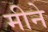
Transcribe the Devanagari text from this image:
मीने